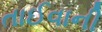
તાઈવાની